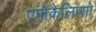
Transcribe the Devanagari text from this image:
एपोकैलिप्सो